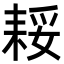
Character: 𮋪